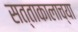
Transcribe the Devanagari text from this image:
सत्ताकालाच्या